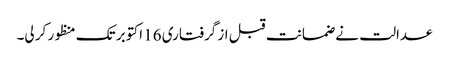
عدالت نے ضمانت قبل از گرفتاری 16 اکتوبر تک منظور کر لی۔